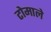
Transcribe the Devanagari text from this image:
टोमाले